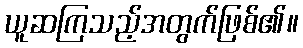
ယူဆကြသည့်အတွက်ဖြစ်၏။